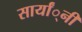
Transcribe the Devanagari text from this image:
सार्यां्नी